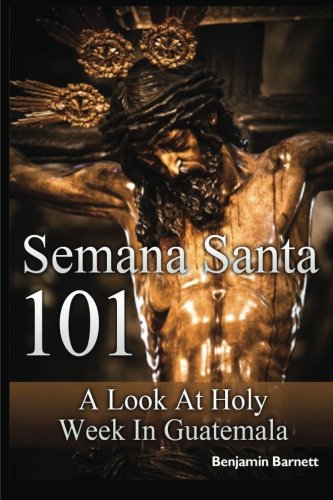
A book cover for Semana Santa 101: A Look at Holy Week in Guatemala; Benjamin Barnett; Travel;